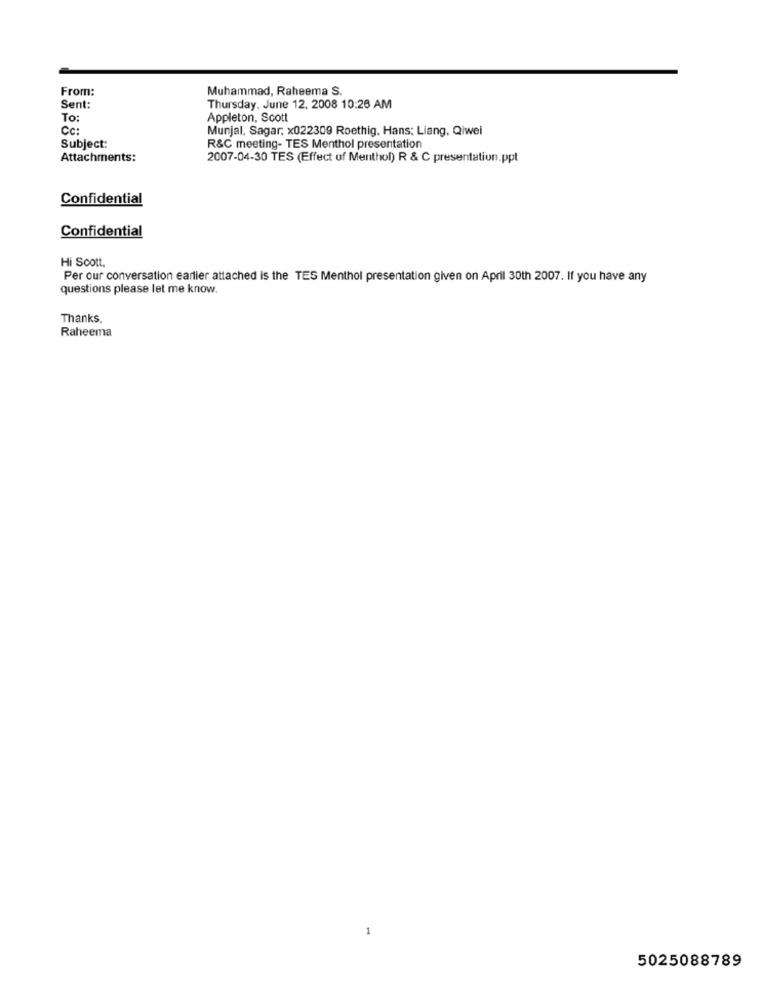
From:
Muhammad, Raheema S.
Sent:
Thursday, June 12. 2008 10:26 AM
To:
Appleton, Scott
Cc:
Munjal, Sagar, x022309 Roethig, Hans; Liang, Qiwei
Subject:
R&C meeting- TES Menthol presentation
Attachments:
2007-04-30 TES (Effect of Menthol) R & C presentation.ppt
Confidential
Confidential
Hi Scott.
Per our conversation earlier attached is the TES Menthol presentation given on April 30th 2007. If you have any
questions please let me know.
Thanks,
Raheema
5025088789